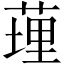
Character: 𦷯